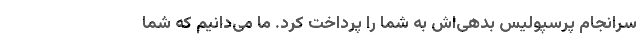
سرانجام پرسپولیس بدهی‌اش به شما را پرداخت کرد. ما می‌دانیم که شما